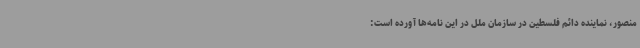
منصور، نماینده دائم فلسطین در سازمان ملل در این نامه‌ها آورده است: